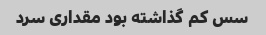
سس کم گذاشته بود مقداری سرد